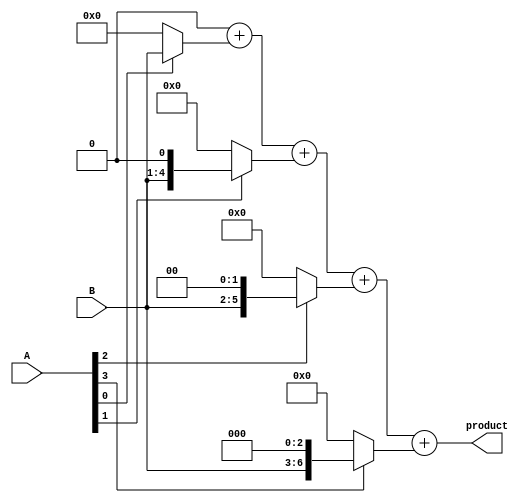
module russian_peasant_unsigned_multiplier_4(product, A, B);
    input [3:0] A, B;
    output [7:0] product;

    integer i;
    reg [7:0] product, temp, B_mod;

    always @ (*) begin
        product = 0;
        B_mod = B;
        for(i=0; i<4; i=i+1) begin
          temp = A[i] ? B_mod : 4'b0000;
          B_mod = B_mod << 1;
          product = product + temp;
        end
    end
endmodule